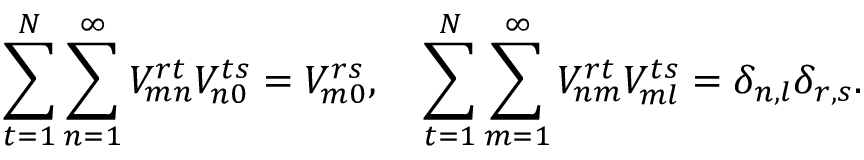
\sum _ { t = 1 } ^ { N } \sum _ { n = 1 } ^ { \infty } V _ { m n } ^ { r t } V _ { n 0 } ^ { t s } = V _ { m 0 } ^ { r s } , \ \ \ \sum _ { t = 1 } ^ { N } \sum _ { m = 1 } ^ { \infty } V _ { n m } ^ { r t } V _ { m l } ^ { t s } = \delta _ { n , l } \delta _ { r , s } .